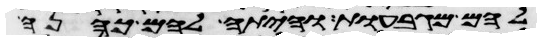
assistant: להם מגבעות והיתה להם כהנה